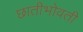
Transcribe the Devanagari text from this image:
छातीभोवती